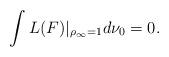
LaTeX: \begin{gather*}\int L(F)\vert_{\rho_{\infty}=1}d\nu_0=0.\end{gather*}